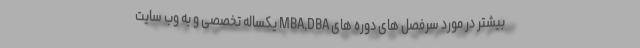
بیشتر در مورد سرفصل های دوره های MBA,DBA یکساله تخصصی و به وب سایت